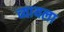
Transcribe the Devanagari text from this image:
व्यायला